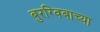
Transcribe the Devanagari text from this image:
बुरग्विबाच्या